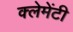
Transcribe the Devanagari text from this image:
क्लेमेंटी